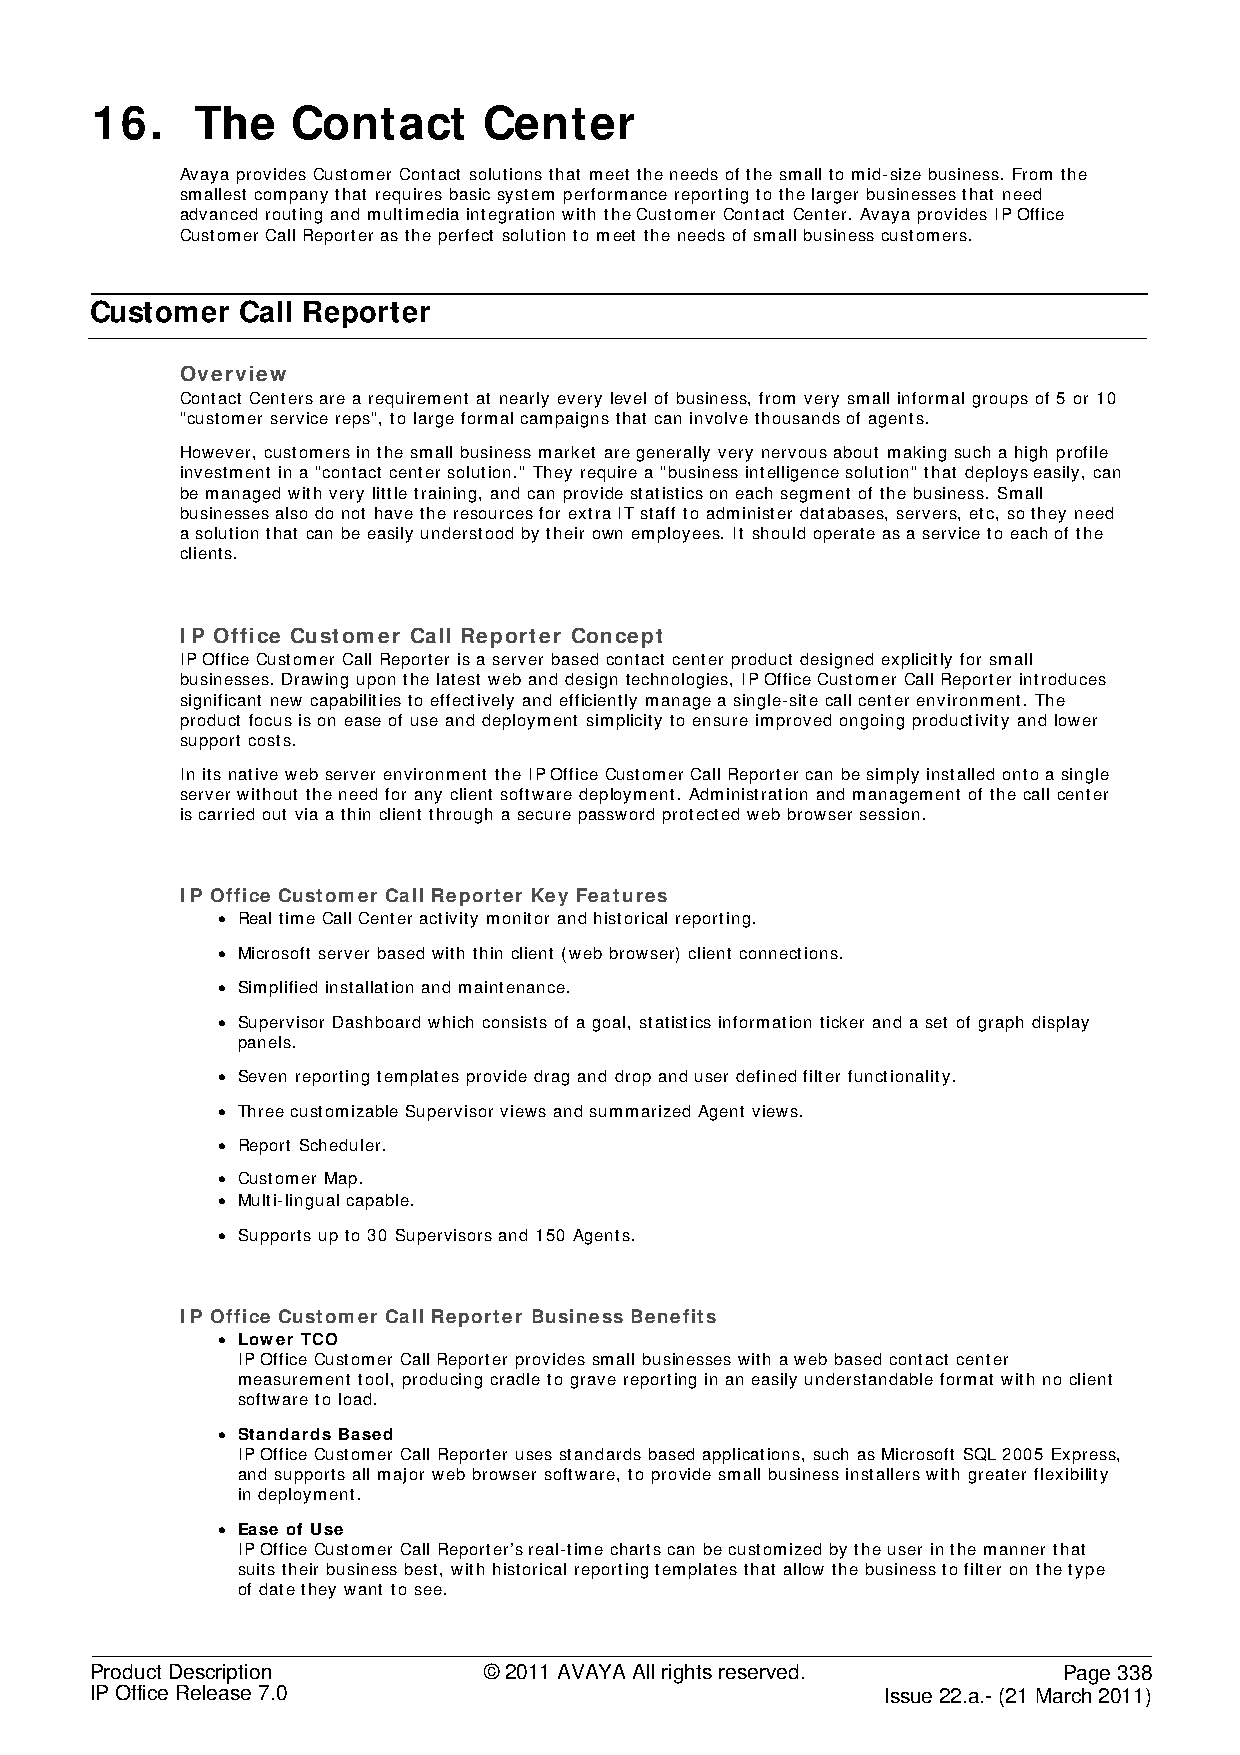
16.    The   Contact      Center
 Avaya provides Customer Contact solutions that meet the needs of the small to mid-size business. From the
 smallest company that requires basic system performance reporting to the larger businesses that need
 advanced routing and multimedia integration with the Customer Contact Center. Avaya provides IP Office
 Customer Call Reporter as the perfect solution to meet the needs of small business customers.
 Customer  Call Reporter
 Overview
 Contact Centers are a requirement at nearly every level of business, from very small informal groups of 5 or 10
 "customer service reps", to large formal campaigns that can involve thousands of agents.
 However, customers in the small business market are generally very nervous about making such a high profile
 investment in a "contact center solution." They require a "business intelligence solution" that deploys easily, can
 be managed with very little training, and can provide statistics on each segment of the business. Small
 businesses also do not have the resources for extra IT staff to administer databases, servers, etc, so they need
 a solution that can be easily understood by their own employees. It should operate as a service to each of the
 clients.
 IP Office Customer Call Reporter Concept
 IP Office Customer Call Reporter is a server based contact center product designed explicitly for small
 businesses. Drawing upon the latest web and design technologies, IP Office Customer Call Reporter introduces
 significant new capabilities to effectively and efficiently manage a single-site call center environment. The
 product focus is on ease of use and deployment simplicity to ensure improved ongoing productivity and lower
 support costs.
 In its native web server environment the IP Office Customer Call Reporter can be simply installed onto a single
 server without the need for any client software deployment. Administration and management of the call center
 is carried out via a thin client through a secure password protected web browser session.
 IP Office Customer Call Reporter Key Features
 • Real time Call Center activity monitor and historical reporting.
 • Microsoft server based with thin client (web browser) client connections.
 • Simplified installation and maintenance.
 • Supervisor Dashboard which consists of a goal, statistics information ticker and a set of graph display
 panels.
 • Seven reporting templates provide drag and drop and user defined filter functionality.
 • Three customizable Supervisor views and summarized Agent views.
 • Report Scheduler.
 • Customer Map.
 • Multi-lingual capable.
 • Supports up to 30 Supervisors and 150 Agents.
 IP Office Customer Call Reporter Business Benefits
 • Lower TCO
 IP Office Customer Call Reporter provides small businesses with a web based contact center
 measurement tool, producing cradle to grave reporting in an easily understandable format with no client
 software to load.
 • Standards Based
 IP Office Customer Call Reporter uses standards based applications, such as Microsoft SQL 2005 Express,
 and supports all major web browser software, to provide small business installers with greater flexibility
 in deployment.
 • Ease of Use
 IP Office Customer Call Reporter’s real-time charts can be customized by the user in the manner that
 suits their business best, with historical reporting templates that allow the business to filter on the type
 of date they want to see.
 Product Description       © 2011 AVAYA All rights reserved.     Page 338
 IP Office Release 7.0                                Issue 22.a.- (21 March 2011)